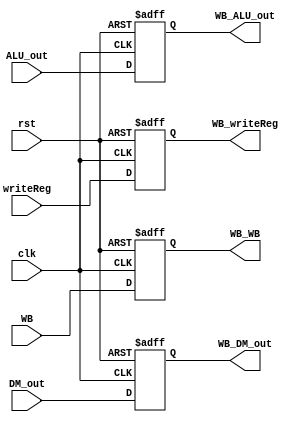
`timescale 1ns/1ns

module MEM_WB (input clk, rst, input [1:0] WB, input [31:0] DM_out, ALU_out, input [4:0] writeReg,
               output reg [1:0] WB_WB, output reg [31:0] WB_DM_out, WB_ALU_out, output reg [4:0] WB_writeReg);

  always @(posedge clk, posedge rst) begin
   if (rst) begin
     WB_WB <= 2'b0;
     {WB_DM_out, WB_ALU_out} <= 64'b0;
     WB_writeReg <= 5'b0;
   end
   else begin
   WB_WB <= WB;
   {WB_DM_out, WB_ALU_out} <= {DM_out, ALU_out};
   WB_writeReg <= writeReg;
   end
  end

endmodule